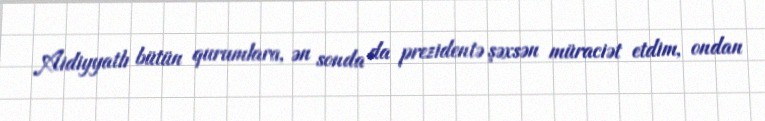
Aidiyyatlı bütün qurumlara, ən sonda da prezidentə şəxsən müraciət etdim, ondan